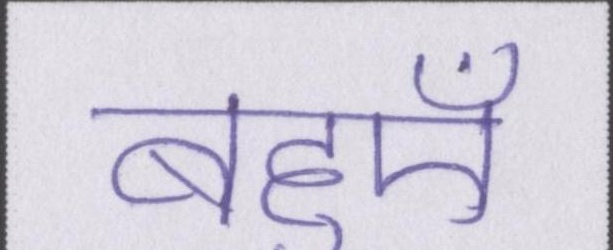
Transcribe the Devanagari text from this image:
बहुएँ